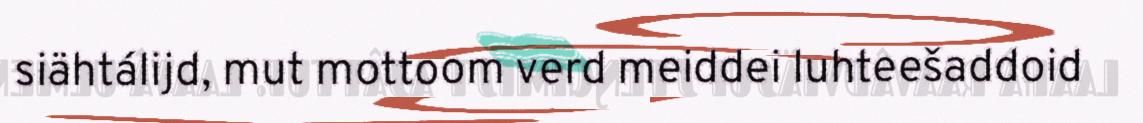
siähtálijd, mut mottoom verd meiddei luhteešaddoid